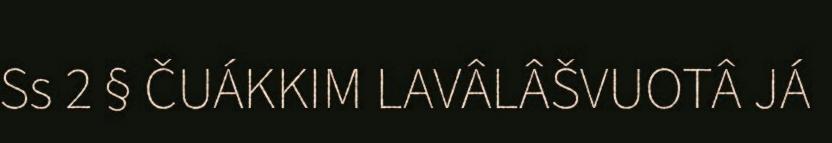
Ss 2 § ČUÁKKIM LAVÂLÂŠVUOTÂ JÁ